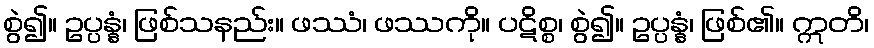
စွဲ၍။ ဥပ္ပန္နံ၊ ဖြစ်သနည်း။ ဖဿံ၊ ဖဿကို။ ပဋိစ္စ၊ စွဲ၍။ ဥပ္ပန္နံ၊ ဖြစ်၏။ ဣတိ၊